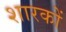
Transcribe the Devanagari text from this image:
शारकों